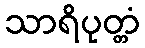
သာရိပုတ္တံ